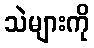
သဲများကို